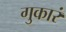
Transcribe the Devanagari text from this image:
गुकारं